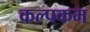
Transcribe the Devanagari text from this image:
कल्पकम